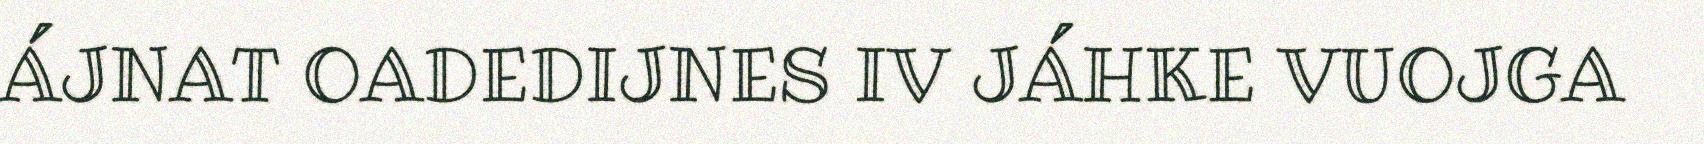
ÁJNAT OADEDIJNES IV JÁHKE VUOJGA